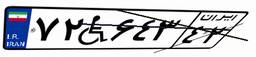
۷۲W۶۴۳۴۲